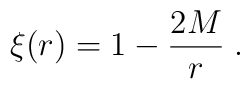
\xi (r) = 1-\frac{2M}{r} \; .